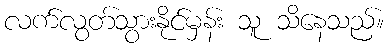
လက်လွတ်သွားနိုင်မှန်း သူ သိနေသည်။